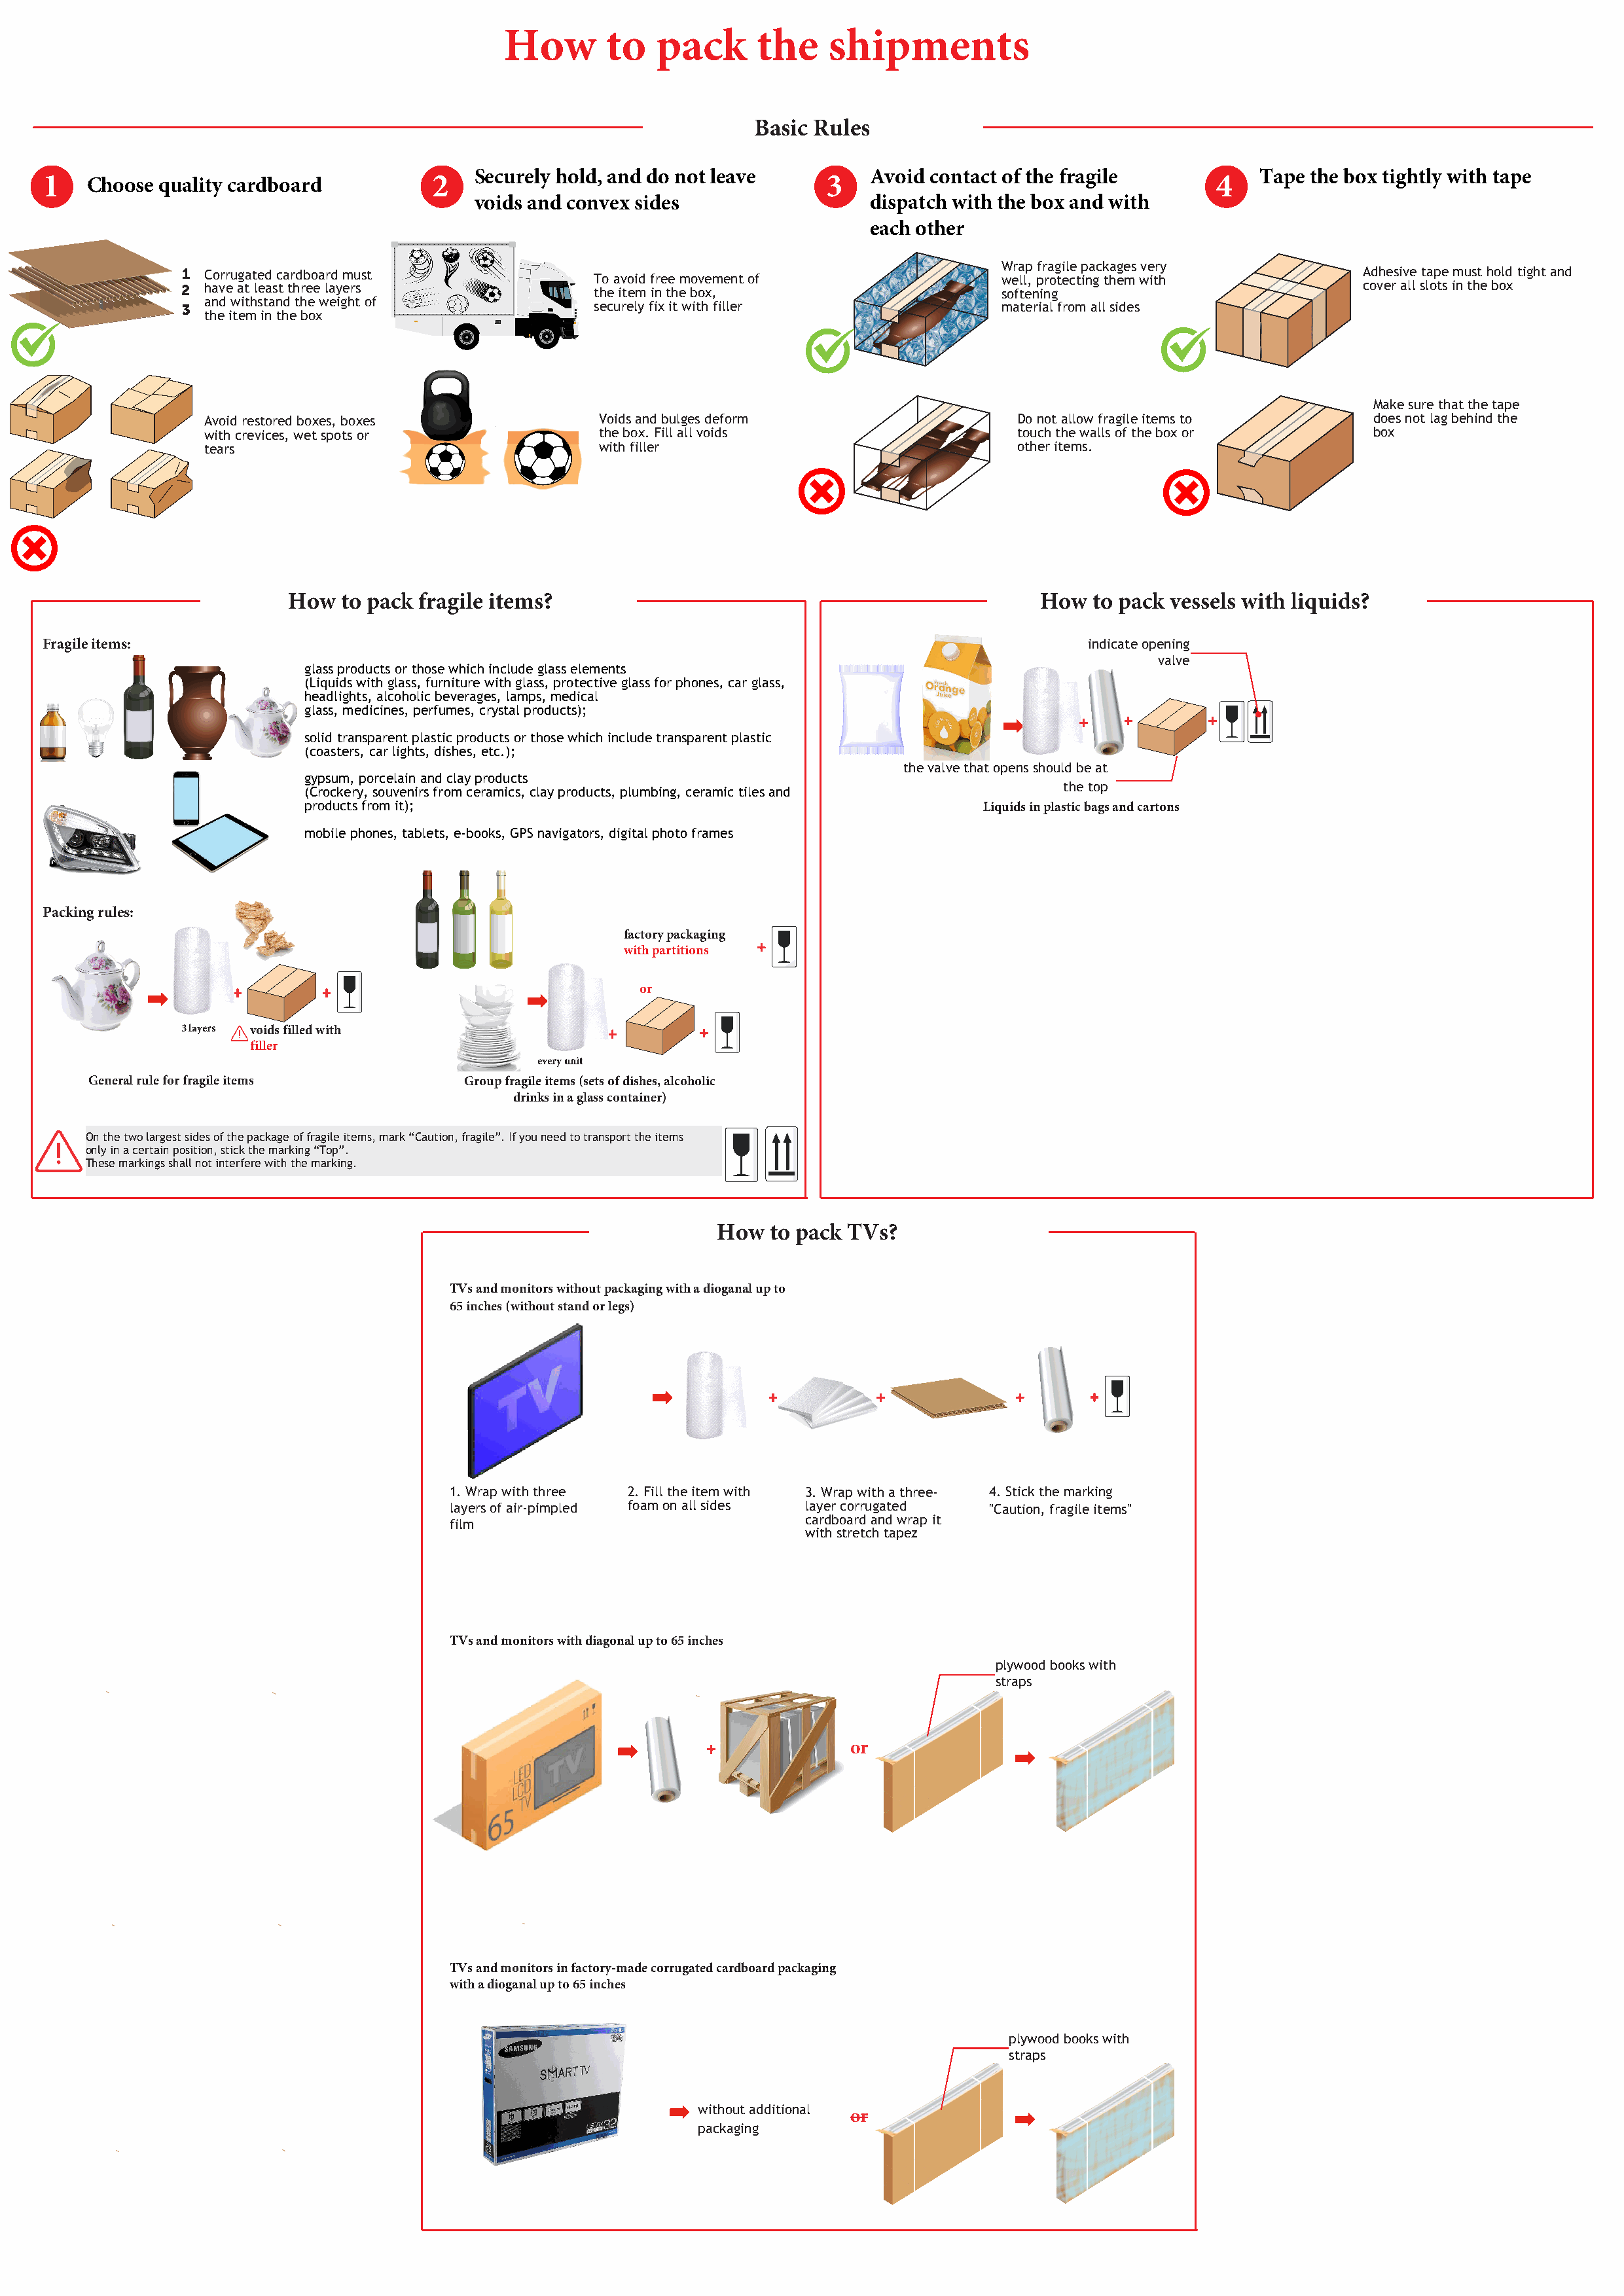
How       to   pack       the    shipments
 Basic Rules
 Securely hold, and do not leave         Avoid contact of the fragile           Tape the box tightly with tape
 1    Choose quality cardboard           2                                       3                                      4
 voids and convex sides                  dispatch with the box and with
 each other
 Wrap fragile packages very
 1  Corrugated cardboard must                                                                                            Adhesive tape must hold tight and
 To avoid free movement of                well, protecting them with
 2  have at least three layers             the item in the box,                     softening                            cover all slots in the box
 and withstand the weight of
 3                                         securely fix it with filler              material from all sides
 the item in the box
 Make sure that the tape
 Avoid restored boxes, boxes             Voids and bulges deform                   Do not allow fragile items to       does not lag behind the
 with crevices, wet spots or             the box. Fill all voids                   touch the walls of the box or       box
 tears                                   with filler                               other items.
 How  to pack fragile items?                                                 How   to pack vessels with liquids?
 Fragile items:                                                                                            indicate opening
 valve
 glass products or those which include glass elements
 (Liquids with glass, furniture with glass, protective glass for phones, car glass,
 headlights, alcoholic beverages, lamps, medical
 glass, medicines, perfumes, crystal products);
 solid transparent plastic products or those which include transparent plastic
 (coasters, car lights, dishes, etc.);
 the valve that opens should be at
 gypsum, porcelain and clay products
 the top
 (Crockery, souvenirs from ceramics, clay products, plumbing, ceramic tiles and
 products from it);                                                  Liquids in plastic bags and cartons
 mobile phones, tablets, e-books, GPS navigators, digital photo frames
 Packing rules:
 factory packaging
 with partitions
 or
 3 layers voids filled with
 filler
 every unit
 General rule for fragile items        Group fragile items (sets of dishes, alcoholic
 drinks in a glass container)
 On the two largest sides of the package of fragile items, mark “Caution, fragile”. If you need to transport the items
 only in a certain position, stick the marking “Top”.
 These markings shall not interfere with the marking.
 How   to pack TVs?
 TVs and monitors without packaging with a dioganal up to
 65 inches (without stand or legs)
 1. Wrap with three 2. Fill the item with 3. Wrap with a three- 4. Stick the marking
 layers of air-pimpled foam on all sides layer corrugated "Caution, fragile items"
 cardboard and wrap it
 film
 with stretch tapez
 TVs and monitors with diagonal up to 65 inches
 plywood books with
 straps
 or
 TVs and monitors in factory-made corrugated cardboard packaging
 with a dioganal up to 65 inches
 plywood books with
 straps
 without additional
 or
 packaging